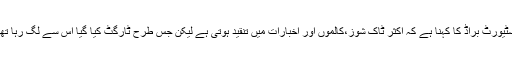
میڈیا رپورٹ کے مطابق اسٹیورٹ براڈ کا کہنا ہے کہ اکثر ٹاک شوز،کالموں اور اخبارات میں تنقید ہوتی ہے لیکن جس طرح ٹارگٹ کیا گیا اس سے لگ رہا تھا کہ کوئی ذاتی معاملہ ہے۔